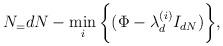
LaTeX: \begin{align*}N_ = dN- \min_i\bigg\{ (\Phi - \lambda^{(i)}_d I_{dN}) \bigg\},\end{align*}